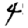
Digit: 4